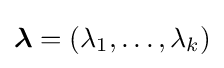
{\boldsymbol {\lambda }}=(\lambda _{1},\dots ,\lambda _{k})